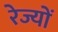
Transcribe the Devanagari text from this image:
रेज्यों